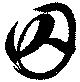
囚